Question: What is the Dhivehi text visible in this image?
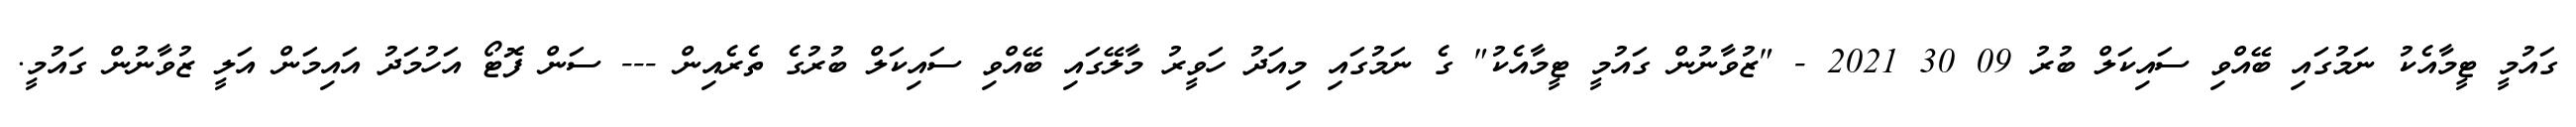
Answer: ގައުމީ ޓީމާއެކު ނަމުގައި ބޭއްވި ސައިކަލް ބުރު 09 30 2021 - "ޒުވާނުން ގައުމީ ޓީމާއެކު" ގެ ނަމުގައި މިއަދު ހަވީރު މާލޭގައި ބޭއްވި ސައިކަލް ބުރުގެ ތެރެއިން --- ސަން ފޮޓޯ އަހުމަދު އައިމަން އަލީ ޒުވާނުން ގައުމީ.